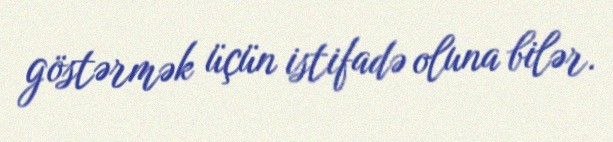
göstərmək üçün istifadə oluna bilər.